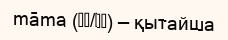
māma (妈妈/媽媽) — қытайша